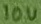
Text: 10V